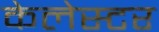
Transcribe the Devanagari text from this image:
केलेस्टर